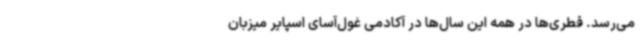
می‌رسد. قطری‌ها در همه این سال‌ها در آکادمی غول‌آسای اسپایر میزبان